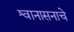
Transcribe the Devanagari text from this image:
श्वानासनाचे